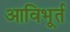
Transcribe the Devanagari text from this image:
आविभूर्त